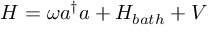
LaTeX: H = \omega a ^ { \dagger } a + H _ { b a t h } + V